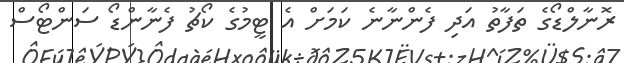
ރޮނާލްޑޯގެ ތަފާތު އަދި ފެންނާނެ ކަމަށް އެ ޓީމުގެ ކޯޗު ފެނާންޑޯ ސަންޓޯސް